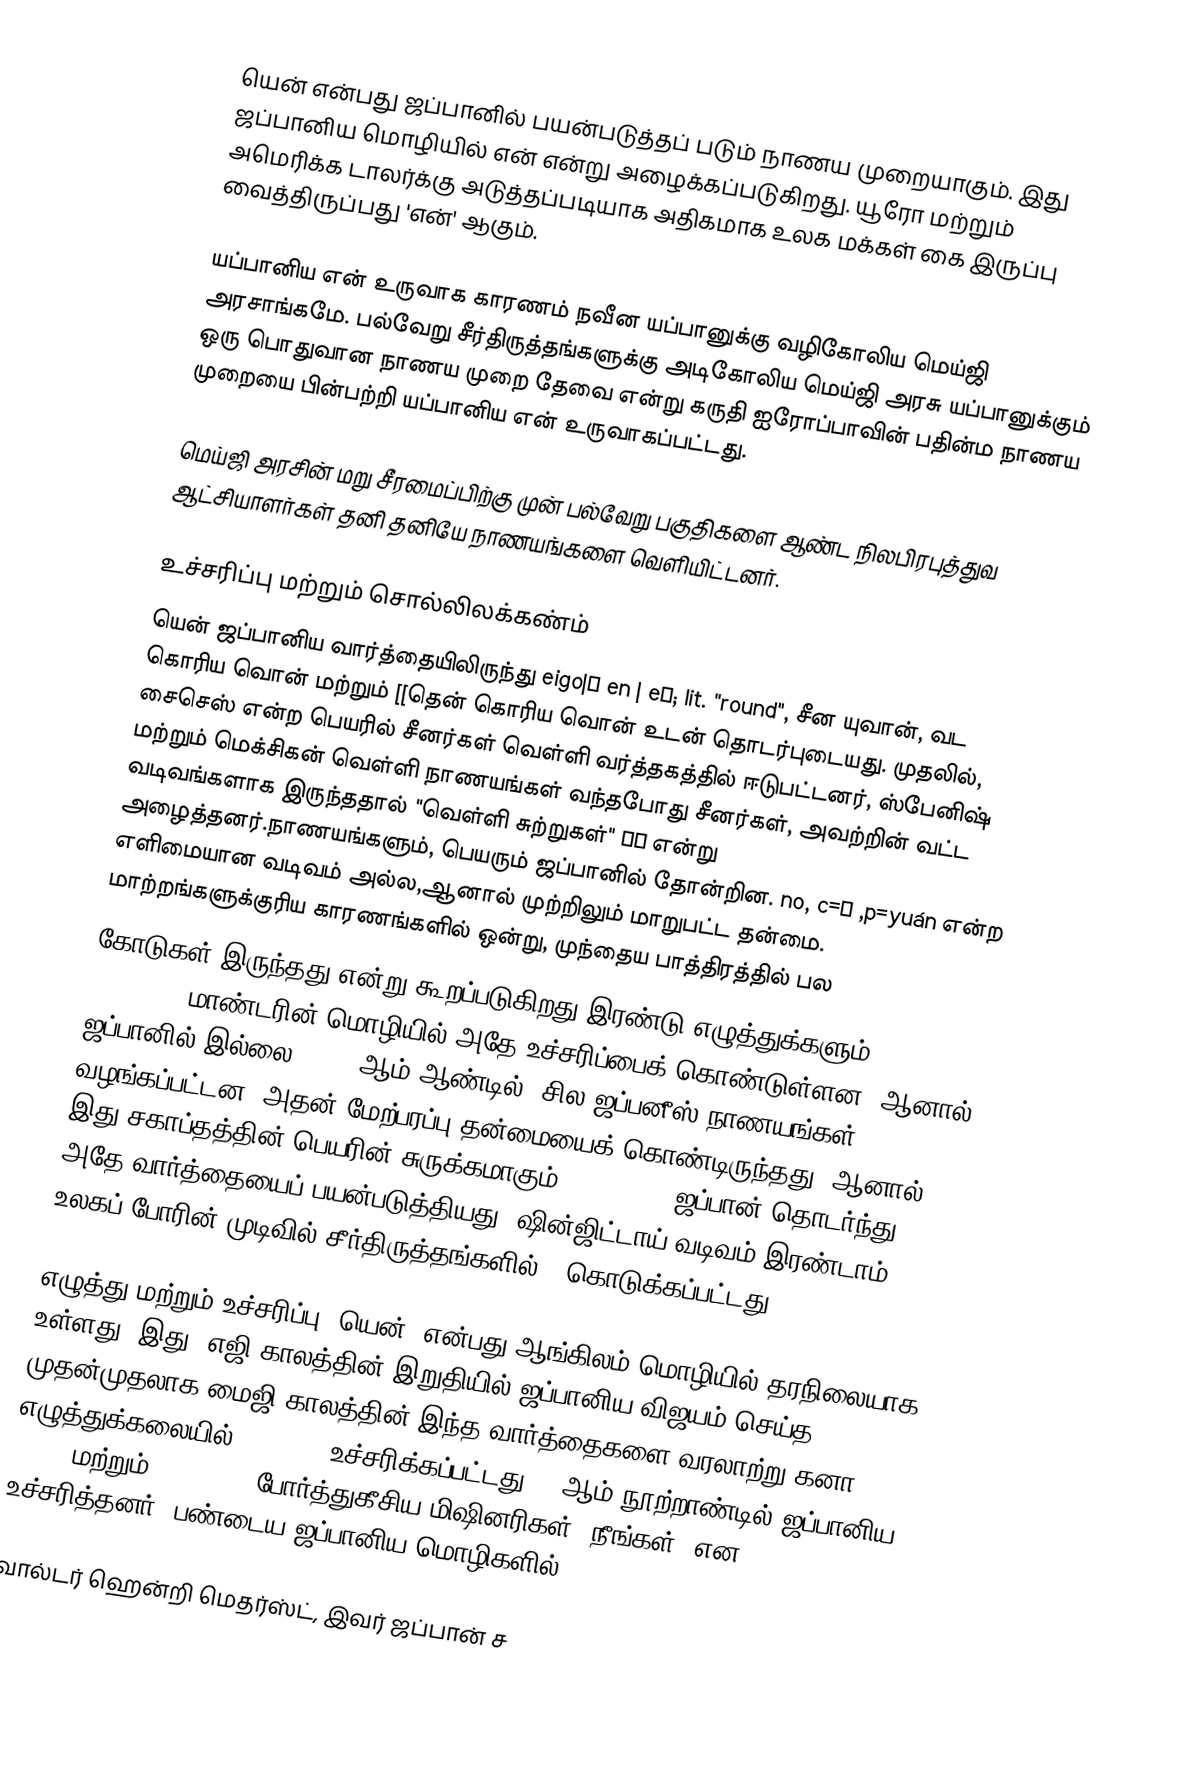
யென் என்பது ஜப்பானில் பயன்படுத்தப் படும் நாணய முறையாகும். இது ஜப்பானிய மொழியில் என் என்று அழைக்கப்படுகிறது. யூரோ மற்றும் அமெரிக்க டாலர்க்கு அடுத்தப்படியாக அதிகமாக உலக மக்கள் கை இருப்பு வைத்திருப்பது 'என்' ஆகும்.

யப்பானிய என் உருவாக காரணம் நவீன யப்பானுக்கு வழிகோலிய மெய்ஜி அரசாங்கமே.  பல்வேறு சீர்திருத்தங்களுக்கு அடிகோலிய மெய்ஜி அரசு யப்பானுக்கும் ஒரு பொதுவான நாணய முறை தேவை என்று கருதி ஐரோப்பாவின் பதின்ம நாணய முறையை பின்பற்றி யப்பானிய என் உருவாகப்பட்டது. 

மெய்ஜி அரசின் மறு சீரமைப்பிற்கு முன் பல்வேறு பகுதிகளை ஆண்ட நிலபிரபுத்துவ ஆட்சியாளர்கள் தனி தனியே நாணயங்களை வெளியிட்டனர்.

உச்சரிப்பு மற்றும் சொல்லிலக்கண்ம்
 யென்  ஜப்பானிய வார்த்தையிலிருந்து eigo|圓 en | eɴ; lit. "round", சீன யுவான், வட கொரிய வொன் மற்றும் [[தென் கொரிய வொன் உடன் தொடர்புடையது. முதலில், சைசெஸ் என்ற பெயரில் சீனர்கள் வெள்ளி வர்த்தகத்தில் ஈடுபட்டனர், ஸ்பேனிஷ் மற்றும் மெக்சிகன் வெள்ளி நாணயங்கள் வந்தபோது சீனர்கள், அவற்றின் வட்ட வடிவங்களாக இருந்ததால் "வெள்ளி சுற்றுகள்" 銀圓 என்று அழைத்தனர்.நாணயங்களும், பெயரும் ஜப்பானில் தோன்றின. no, c=元 ,p=yuán என்ற எளிமையான வடிவம் அல்ல,ஆனால் முற்றிலும் மாறுபட்ட தன்மை. மாற்றங்களுக்குரிய காரணங்களில் ஒன்று, முந்தைய பாத்திரத்தில் பல
கோடுகள் இருந்தது என்று கூறப்படுகிறது.இரண்டு எழுத்துக்களும் (Standard Mandarin) மாண்டரின் மொழியில் அதே உச்சரிப்பைக் கொண்டுள்ளன, ஆனால் ஜப்பானில் இல்லை. 1695 ஆம் ஆண்டில், சில ஜப்பனீஸ் நாணயங்கள் வழங்கப்பட்டன, அதன் மேற்பரப்பு தன்மையைக் கொண்டிருந்தது ,ஆனால் இது சகாப்தத்தின் பெயரின் சுருக்கமாகும் 元禄|Genroku ஜப்பான் தொடர்ந்து அதே வார்த்தையைப் பயன்படுத்தியது, ஷின்ஜிட்டாய் வடிவம் இரண்டாம் உலகப் போரின் முடிவில் சீர்திருத்தங்களில் 円 கொடுக்கப்பட்டது.

எழுத்து மற்றும் உச்சரிப்பு "யென்" என்பது  ஆங்கிலம் மொழியில் தரநிலையாக உள்ளது. இது, எஜி காலத்தின் இறுதியில் ஜப்பானிய விஜயம் செய்த முதன்முதலாக மைஜி காலத்தின் இந்த வார்த்தைகளை வரலாற்று கனா எழுத்துக்கலையில் ゑん /wen/ உச்சரிக்கப்பட்டது.16 ஆம் நூற்றாண்டில் ஜப்பானிய /e/ え மற்றும் /we/ ゑ je போர்த்துகீசிய மிஷினரிகள் "நீங்கள்" என உச்சரித்தனர். பண்டைய ஜப்பானிய மொழிகளில் /e/ /we/ /je/.

வால்டர் ஹென்றி மெதர்ஸ்ட், இவர் ஜப்பான் ச